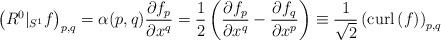
LaTeX: \begin{align*}\left (R^{0}|_{S^{1}}f \right)_{p,q} = \alpha(p,q) \frac{\partial f_{p}}{\partial x^{q}} = \frac{1}{2} \left( \frac{\partial f_{p}}{\partial x^{q}} - \frac{\partial f_{q}}{\partial x^{p}} \right) \equiv \frac{1}{\sqrt{2}} \left( {\rm curl}\,(f) \right)_{p,q} \end{align*}